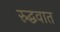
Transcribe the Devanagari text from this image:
रुद्धवात